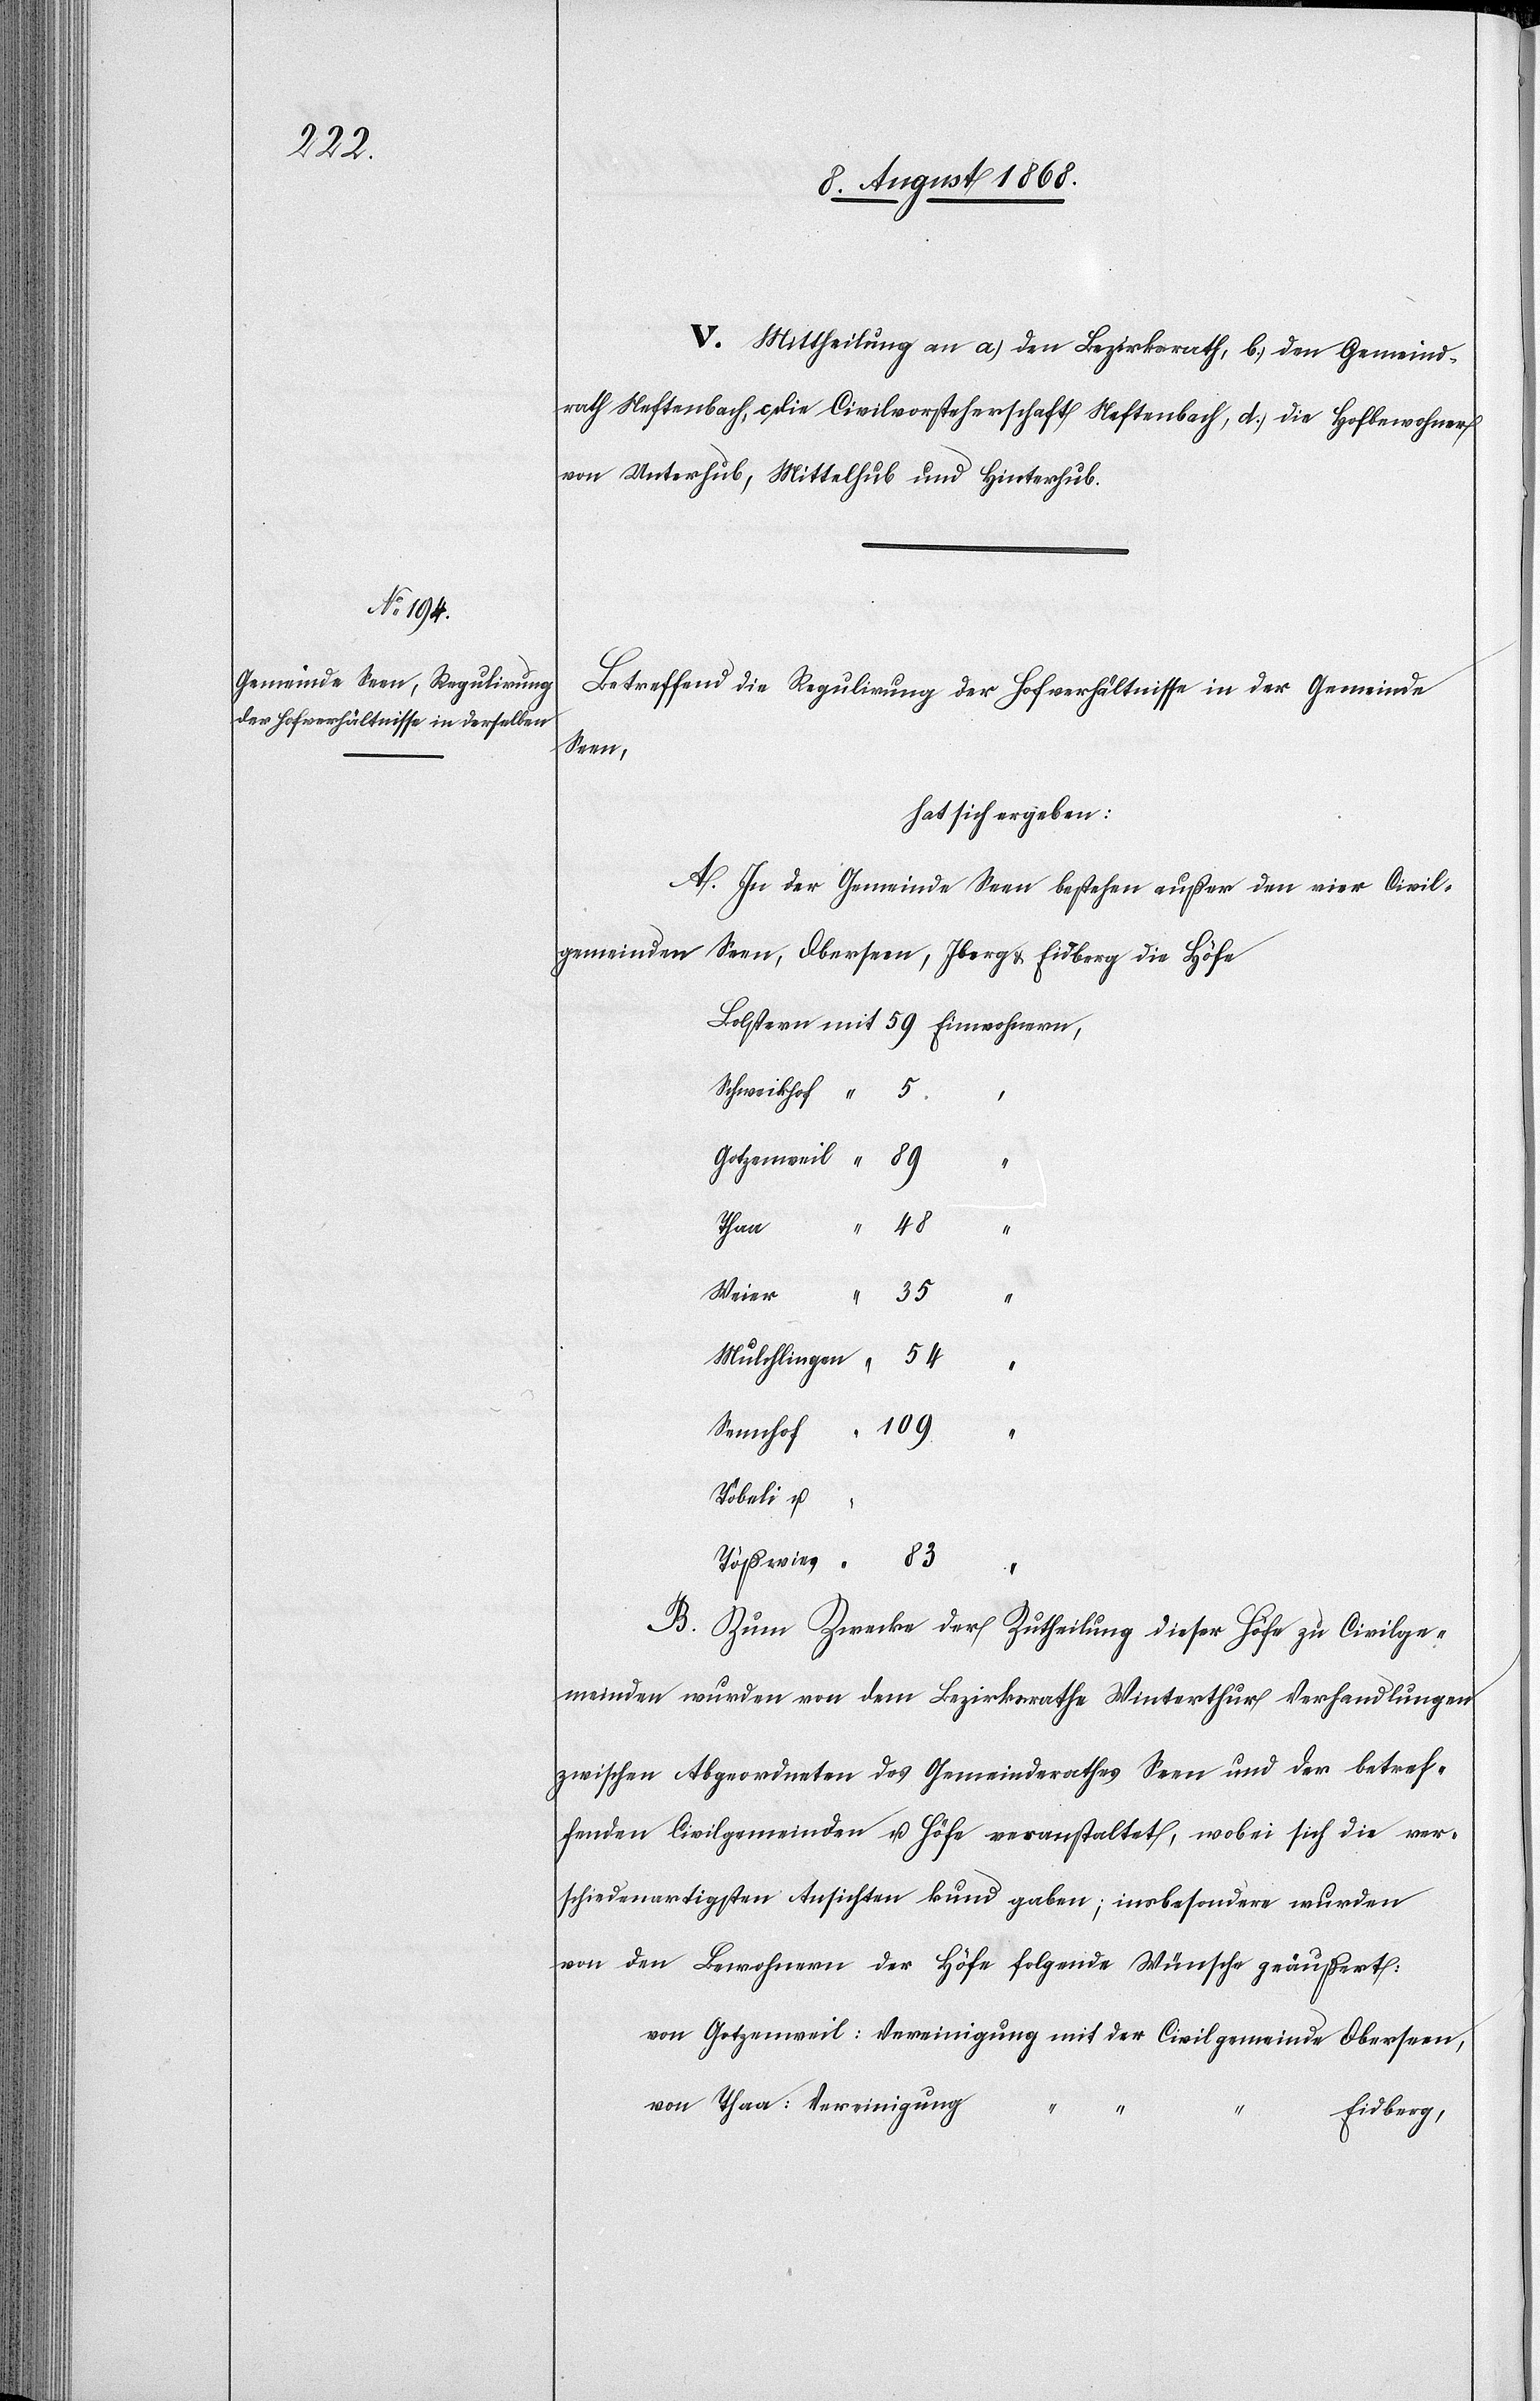
V. Mittheilung an a.) den Bezirksrath, b.) den Gemeind¬
rath Neftenbach, c.) die Civilvorsteherschaft Neftenbach, d.) die Hofbewohner
von Unterhub, Mittelhub [sic!] und Hinterhub.
Betreffend die Regulirung der Hofverhältnisse in der Gemeinde
Seen,
hat sich ergeben:
A. In der Gemeinde Seen bestehen außer den vier Civil¬
gemeinden
Seen, Oberseen, Iberg & Eidberg die Höfe
109
Thaa
“
Weier
35
54
Töbeli u.
Tößwies
“
B. Zum Zwecke der Zutheilung dieser Höfe zu Civilge¬
meinden wurden von dem Bezirksrathe Winterthur Verhandlungen
zwischen Abgeordneten des Gemeinderathes Seen und der betref¬
fenden Civilgemeinden u. Höfe veranstaltet, wobei sich die ver¬
schiedenartigsten Ansichten kund gaben; insbesondere wurden
von den Bewohnern der Höfe folgende Wünsche geäußert:
von Gotzenweil: Vereinigung mit der Civilgemeinde Oberseen,
von Thaa: Vereinigung
Eidberg,